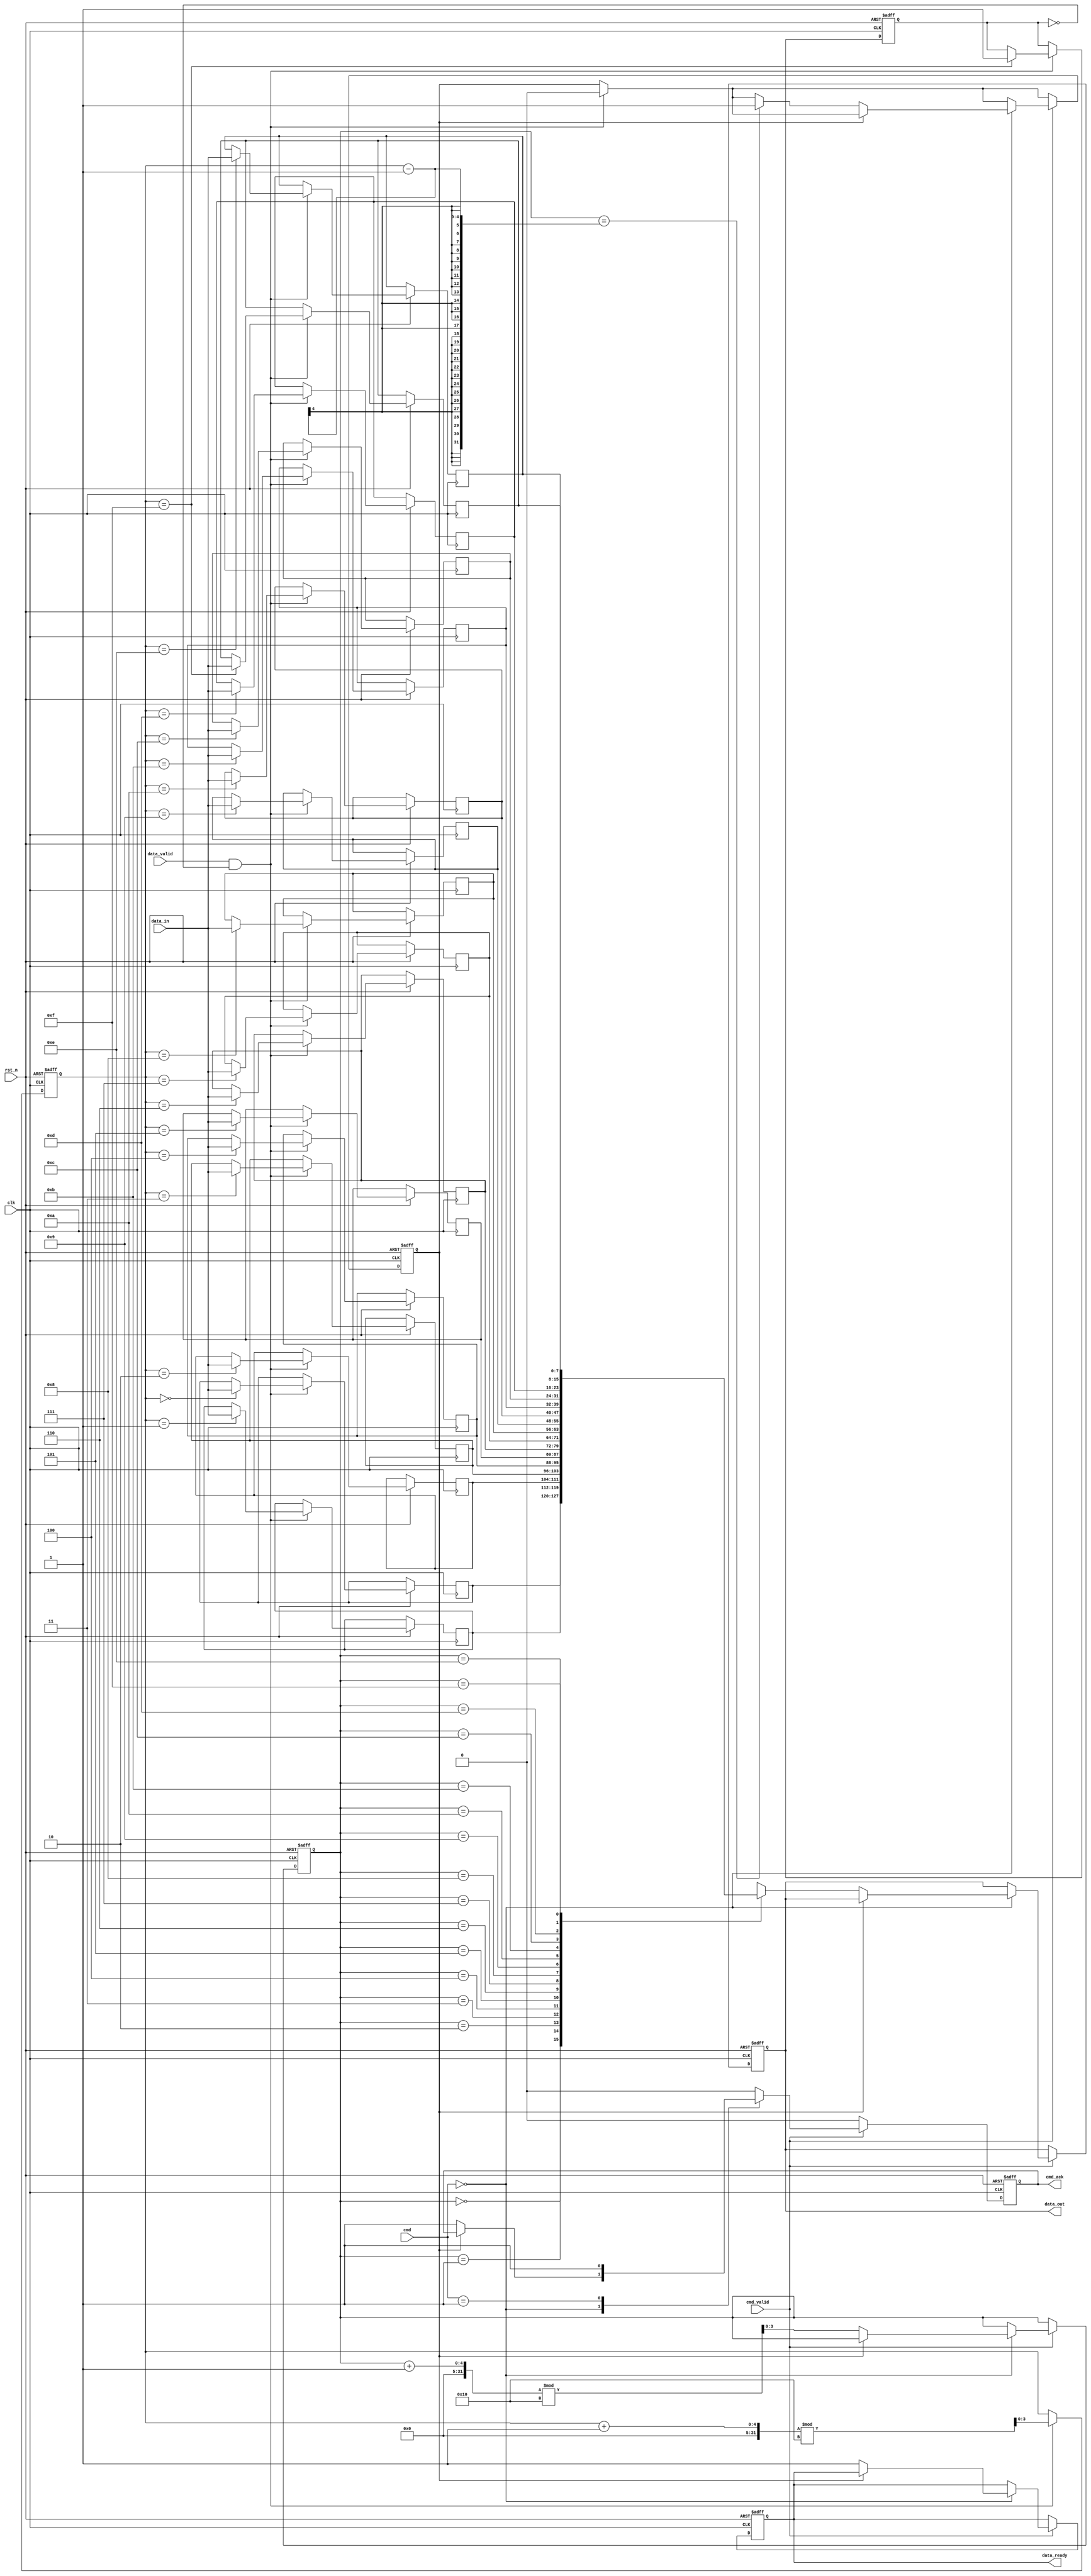
module IO_Block (
    input wire clk,                // System clock
    input wire rst_n,              // Active low reset
    input wire [7:0] data_in,      // Data input from external controller
    input wire data_valid,          // Data valid signal
    output reg [7:0] data_out,      // Data output to external controller
    output reg data_ready,          // Data ready signal
    input wire cmd_valid,           // Command valid signal
    input wire [1:0] cmd,           // Command (00: Read, 01: Write)
    output reg cmd_ack              // Command acknowledgment
);

    // FIFO buffer parameters
    parameter FIFO_DEPTH = 16;
    reg [7:0] fifo_buffer [0:FIFO_DEPTH-1];
    reg [3:0] write_ptr, read_ptr;
    reg fifo_full, fifo_empty;

    // Control Logic
    always @(posedge clk or negedge rst_n) begin
        if (!rst_n) begin
            write_ptr <= 0;
            read_ptr <= 0;
            fifo_full <= 0;
            fifo_empty <= 1;
            data_out <= 8'b0;
            data_ready <= 0;
            cmd_ack <= 0;
        end else begin
            // Write Operation
            if (data_valid && !fifo_full) begin
                fifo_buffer[write_ptr] <= data_in;
                write_ptr <= (write_ptr + 1) % FIFO_DEPTH;
                fifo_empty <= 0;
                if (write_ptr == (FIFO_DEPTH - 1)) begin
                    fifo_full <= 1;
                end
            end

            // Read Operation
            if (cmd_valid) begin
                case (cmd)
                    2'b00: begin // Read Command
                        if (!fifo_empty) begin
                            data_out <= fifo_buffer[read_ptr];
                            read_ptr <= (read_ptr + 1) % FIFO_DEPTH;
                            data_ready <= 1;
                            cmd_ack <= 1;
                            if (read_ptr == (write_ptr - 1)) begin
                                fifo_empty <= 1;
                            end
                        end
                    end
                    2'b01: begin // Write Command
                        cmd_ack <= 1; // Acknowledge write command
                    end
                    default: begin
                        cmd_ack <= 0; // Invalid command
                    end
                endcase
            end else begin
                cmd_ack <= 0; // No command valid
            end
        end
    end

    // Clock Management (Placeholder)
    // In a real design, this would include PLLs or clock dividers
    // For simplicity, we are assuming a single clock input

endmodule